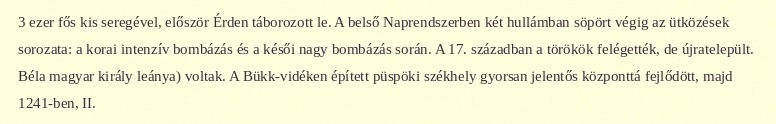
3 ezer fős kis seregével, először Érden táborozott le. A belső Naprendszerben két hullámban söpört végig az ütközések sorozata: a korai intenzív bombázás és a késői nagy bombázás során. A 17. században a törökök felégették, de újratelepült. Béla magyar király leánya) voltak. A Bükk-vidéken épített püspöki székhely gyorsan jelentős központtá fejlődött, majd 1241-ben, II.